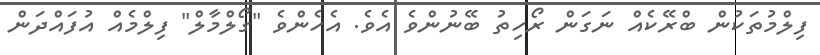
ފިލްމުތަކުން ބްރޭކެއް ނަގަން ރޯހިތު ބޭނުންވެ އެވެ. އެހެންވެ "ގޯލްމާލް" ފިލްމެއް އުފައްދަން